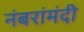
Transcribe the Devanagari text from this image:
नंबरांमंदी